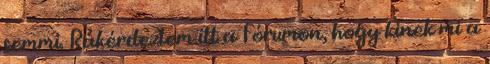
semmi. Rákérdeztem itt a Fórumon, hogy kinek mi a